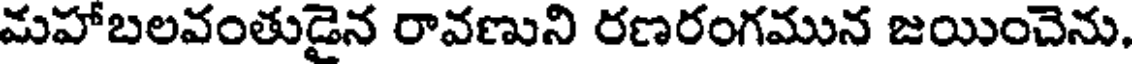
మహాబలవంతుడైన రావణుని రణరంగమున జయించెను.